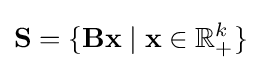
\mathbf {S} =\{\mathbf {B} \mathbf {x} \mid \mathbf {x} \in \mathbb {R} _{+}^{k}\}